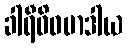
ခါရီဝိဓမာဒါယ